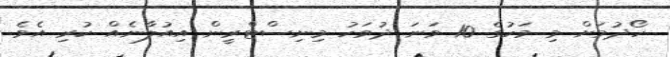
ހޯދުމަށް މި މަހުގެ 10 ވަނަ ދުވަހު މިނިސްޓްރީން އިއުލާނެއް ކުރި އެވެ.